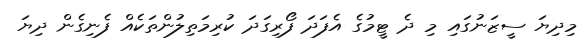
މިދިޔަ ސީޒަނުގައި މި ދެ ޓީމުގެ އެފަދަ ފޯރިގަދަ ކުރިމަތިލުންތަކެއް ފެނިގެން ދިޔަ